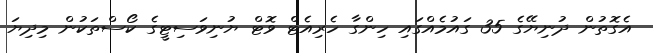
އެގޮތުން ދުނިޔޭގެ 35 ގައުމެއްގައި ހިންގާ ހެރިއެޓް ވޮޓް ޔުނިވަސިޓީގެ ކޯސްތަކުން މިދިޔަ